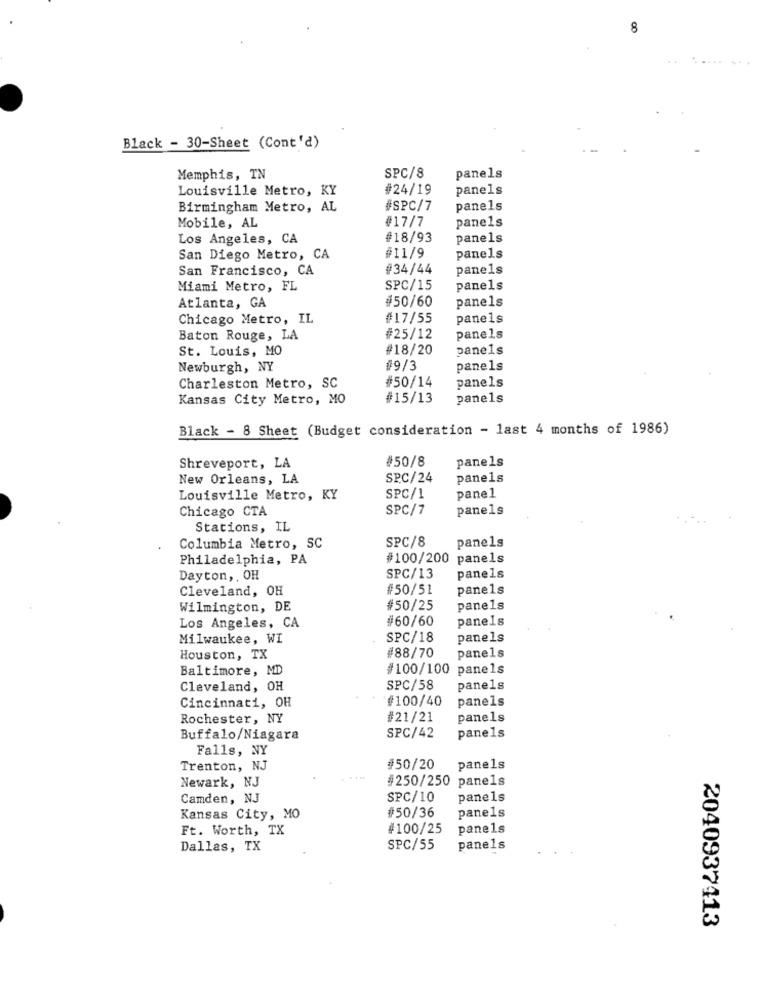
8
Black - 30-Sheet (Cont'd)
panels
Memphis, TN
SPC/8
Louisville Metro, KY
#24/19
panels
Birmingham Metro, AL
#SPC/7
panels
#17/7
panels
Mobile, AL
Los Angeles, CA
#18/93
panels
San Diego Metro, CA
#11/9
panels
San Francisco, CA
#34/44
panels
Miami Metro, FL
SPC/15
panels
#50/60
panels
Atlanta, GA
Chicago Metro, IL
#17/55
panels
Baton Rouge, LA
#25/12
panels
St. Louis, MO
#18/20
panels
Newburgh, NY
#9/3
panels
panels
Charleston Metro, SC
#50/14
Kansas City Metro, MO
#15/13
panels
Black - 8 Sheet (Budget consideration - last 4 months of 1986)
#50/8
panels
Shreveport, LA
New Orleans, LA
SP.C/24
panels
Louisville Metro, KY
SPC/1
panel
Chicago CTA
SPC/7
panels
Stations, IL
SPC/8
Columbia Metro, SC
panels
Philadelphia, PA
#100/200 panels
Dayton ,, OH
SPC/13
panels
Cleveland, OH
#50/51
panels
Wilmington, DE
#50/25
panels
#60/60
panels
Los Angeles, CA
Milwaukee, WI
SPC/18
panels
#88/70
panels
Houston, TX
Baltimore, MD
#100/100 panels
Cleveland, OH
SPC/58
panels
#100/40
panels
Cincinnati, OH
Rochester, NY
#21/21
panels
Buffalo/Niagara
SPC/42
panels
Falls, NY
Trenton, NJ
#50/20
panels
Newark, NJ
#250/250 panels
Camden, NJ
SPC/10
panels
panels
Kansas City, MO
#50/36
Ft. Worth, TX
#100/25
panels
Dallas, TX
SPC/55
panels
2040937413